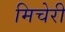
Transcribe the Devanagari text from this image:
मिचेरी